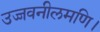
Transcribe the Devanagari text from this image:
उज्जवनीलमणि।